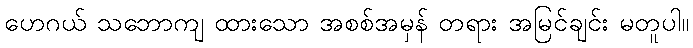
ဟေဂယ် သဘောကျ ထားသော အစစ်အမှန် တရား အမြင်ချင်း မတူပါ။